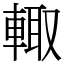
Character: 輙